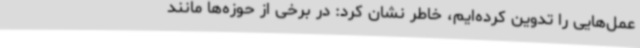
عمل‌هایی را تدوین کرده‌ایم، خاطر نشان کرد: در برخی از حوزه‌ها مانند